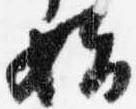
始